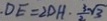
D E = 2 D H \cdot \frac { 3 } { 2 } \sqrt { 3 }